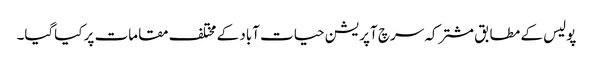
پولیس کے مطابق مشترکہ سرچ آپریشن حیات آباد کے مختلف مقامات پر کیاگیا۔